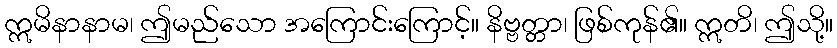
ဣမိနာနာမ၊ ဤမည်သော အကြောင်းကြောင့်။ နိဗ္ဗတ္တာ၊ ဖြစ်ကုန်၏။ ဣတိ၊ ဤသို့။